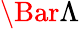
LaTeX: \Bar{\Lambda}